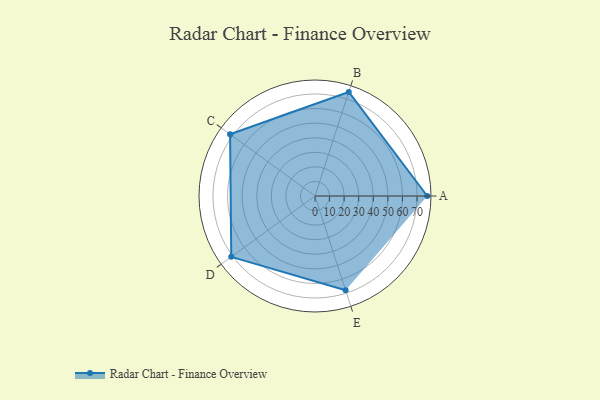
{"axis": {"x": "Skill", "y": "Score"}, "legend": ["Profile"], "data": [{"x": "A", "y": 77.0, "type": "Profile"}, {"x": "B", "y": 75.0, "type": "Profile"}, {"x": "C", "y": 72.0, "type": "Profile"}, {"x": "D", "y": 71.0, "type": "Profile"}, {"x": "E", "y": 68.0, "type": "Profile"}]}